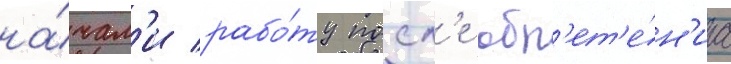
на́чал'и рабо́ту посл'е обр'ет'е́н'иа